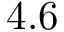
4 . 6